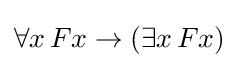
\forall x\,Fx\rightarrow (\exists x\,Fx)